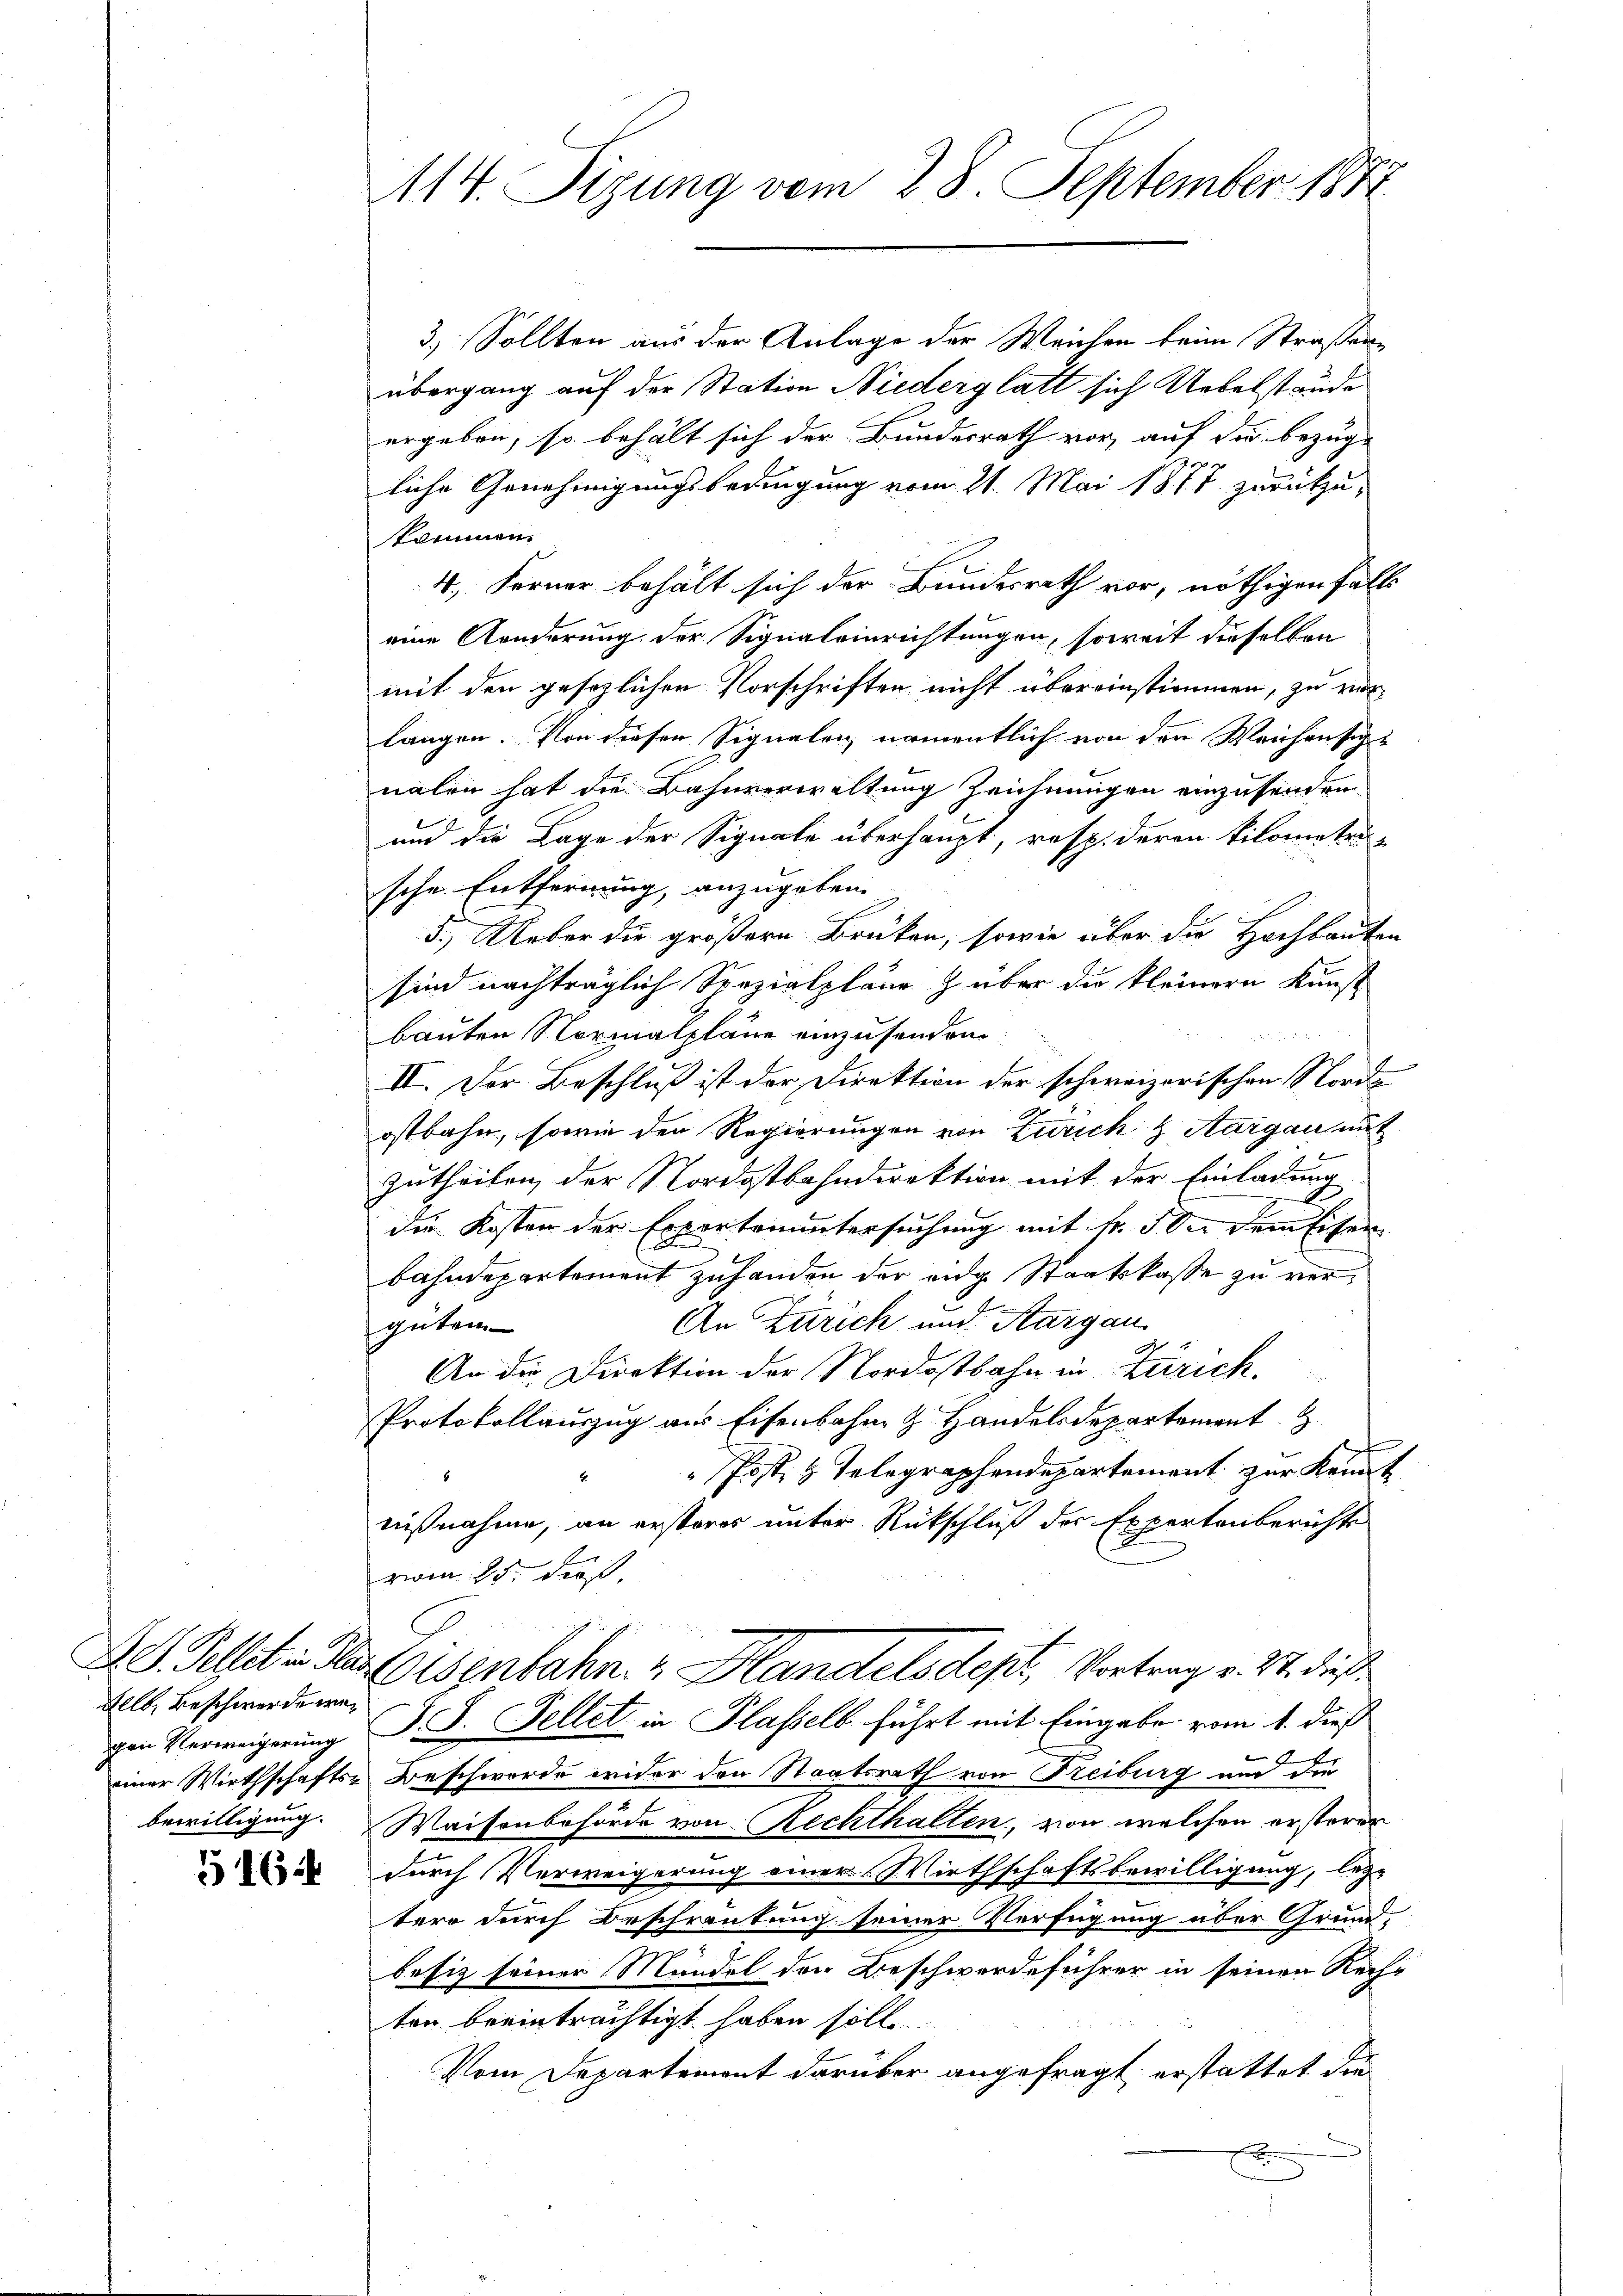
Felb. Beschwerde wegen Verweigerung
bewilligung.

516

3.) Sollten aus der Anlage der Weichen beim Straßenübergang auf der Station Niederglatt sich Uebelstande
ergeben, so behält sich der Bundesrath vor, auf die bezüg-
liche Genehmigungsbedingung vom 21. Mai 1877 zurückzukommen.
4. Ferner behält sich der Bundesrath vor, nöthigen Falls
eine Aenderung der Signaleinrichtungen, soweit dieselben
mit den gesezlichen Vorschriften nicht übereinstimmen, zu ver
E
langen. Von diesen Signalen namentlich von den Weichen siche
nalen hat die Bahnverwaltung Zeichnungen einzusenden.
und die Lage der Signale überhaupt, resp. deren Kilometeu-
sche Entfernung, anzugeben.
5.) Ueber die größere Brüken, sowie über die Hochbauten
sind nachträglich Spezialpläne & über die kleinern Kunst
bauten Normalpläne einzusenden
II. Der Beschluß ist der Direktion der schweizerischen Norde
ostbahn, sowie den Regierungen von Zürich & Aargau mit
Zutheilen der Nordostbahndirektion mit der Einladung
die Kosten der Exportenuntersuchung mit fr. 5 Sei dem Eisen
bahndepartement zuhanden der eidg Staatskasse zu vern
An Zürich und Sargau
güten.
An die Direktion der Nordostbahn in Zürich.
Protokollauszug aus Eisenbahn & Handelsdepartement
" Post, z. Telegraphendepartement zur Kennt
nißnahme, an ersteres unter Rückschluß der Expertenberichte
rien 25. dieß.
Als Geldet des Eisenbahn. " Handelsdept, Vortrag v. 27. dieß
F. S. Fellet in Plasselb führt mit Eingabe vom 1. dieß
einer Wirthschafts-Beschwerde wider den Staatsrath von Freiburg und die
Waisenbehörde von Rechthalten, von welchen ersteren
durch Verweigerung einer Wirthschaftsbewilligung, leztere durch Beschränkung seiner Verfügung aber Grund-
besitz seiner Mündel den Beschwerdeführer in seinen Recht
ten beeinträchtigt haben soll
Vom Departemont darüber angefragt, erstattet die

114. Sizung vom 28. September 1872